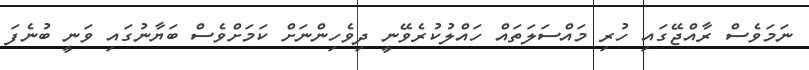
ނަމަވެސް ރާއްޖޭގައި ހުރި މައްސަލަތައް ހައްލުކުރެވޭނީ ދިވެހިންނަށް ކަމަށްވެސް ބަޔާނުގައި ވަނީ ބުނެފަ